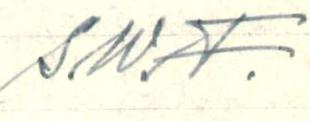
S.W.F.